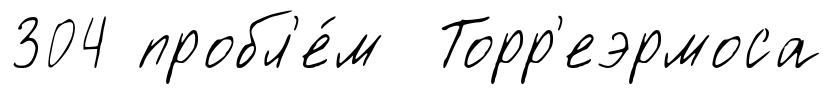
304 пробл'е́м Торр'еэрмоса